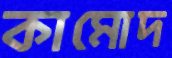
কামোদ